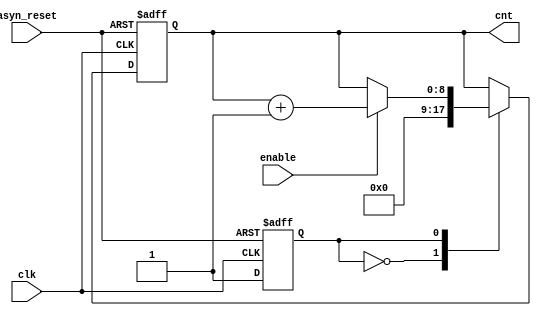
module counter(enable,clk,cnt,asyn_reset);
//simple counter for address tracking
parameter RAM_ADDR_WIDTH=7;
input clk;
input enable;
input asyn_reset;
output[8:0] cnt;

parameter initial_state=1'b0;
parameter start_state=1'b1;

	
reg[RAM_ADDR_WIDTH+2-1:0] cnt;
reg STATE;
initial begin
	cnt<=9'b000000000;
	STATE<=1'b0;
end

// to initlize cnt value the first cycle and -1 cycle both be 0

always@(posedge clk or posedge asyn_reset) begin
	if(asyn_reset == 1) begin
		STATE <= initial_state;
		cnt <= 0;
	end

	else begin 
		case(STATE)
			initial_state: begin
				cnt<=9'b000000000;
				STATE<=start_state;
			end
			start_state: begin
				if(enable==1'b1) begin
					cnt<=cnt+1'b1;
				end
			end
		endcase
	end
end

endmodule